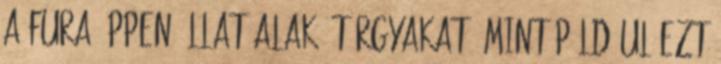
a fura éppen állat alakú tárgyakat, mint például ezt